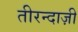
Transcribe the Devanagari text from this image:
तीरन्दाज़ी